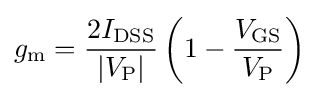
g_{\text{m}}={\frac {2I_{\text{DSS}}}{|V_{\text{P}}|}}\left(1-{\frac {V_{\text{GS}}}{V_{\text{P}}}}\right)